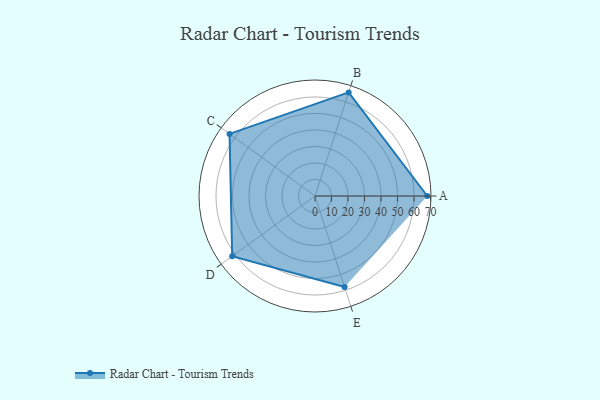
{"axis": {"x": "Skill", "y": "Score"}, "legend": ["Profile"], "data": [{"x": "A", "y": 68.0, "type": "Profile"}, {"x": "B", "y": 66.0, "type": "Profile"}, {"x": "C", "y": 64.0, "type": "Profile"}, {"x": "D", "y": 62.0, "type": "Profile"}, {"x": "E", "y": 58.0, "type": "Profile"}]}